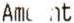
AM NT